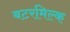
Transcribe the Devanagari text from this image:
बटरमिल्क